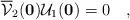
LaTeX: \begin{align*}\overline {\cal V}_2 ({\bf 0}) {\cal U}_1 ({\bf 0}) = 0\quad,\end{align*}